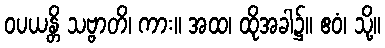
ဝပယန္တိ သဗ္ဗာတိ၊ ကား။ အထ၊ ထိုအခါ၌။ ဧဝံ၊ သို့။